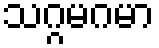
သဂ္ဂမဂမာ